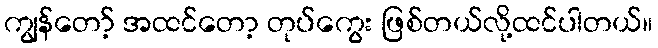
ကျွန်တော့် အထင်တော့ တုပ်ကွေး ဖြစ်တယ်လို့ထင်ပါတယ်။